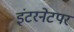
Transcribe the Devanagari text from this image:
इंटरनेटपर